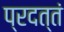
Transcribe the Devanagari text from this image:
प्रदत्तं